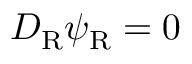
D _ { \mathrm { { R } } } \psi _ { \mathrm { { R } } } = 0